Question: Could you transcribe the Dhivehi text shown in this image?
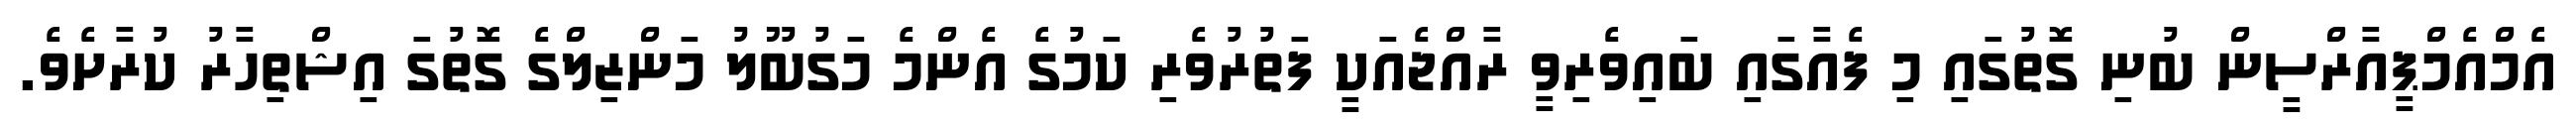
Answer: އެމްއެމްޕީއާރްސީން ބުނި ގޮތުގައި މި ފެއާގައި ބައިވެރިވީ ރާއްޖެއަކީ ފަތުރުވެރި ކަމުގެ އެންމެ މަގުބޫލު މަންޒިލްގެ ގޮތުގަ އިޝްތިހާރު ކުރާށެވެ.